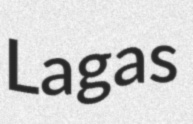
Lagas